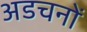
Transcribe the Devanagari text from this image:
अडचनों